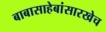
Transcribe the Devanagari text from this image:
बाबासाहेबांसारखेच